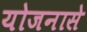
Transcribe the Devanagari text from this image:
योजनासे